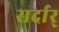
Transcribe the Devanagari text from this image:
सर्दार्